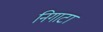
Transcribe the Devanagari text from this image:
निगाटा